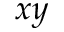
x y